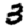
Digit: 3